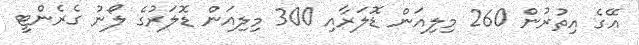
އޭގެ އިތުރުން 260 މިލިއަން ޑޮލަރާއި 300 މިލިއަން ޑޮލަރުގެ ލޯނު ގެރެންޓީ